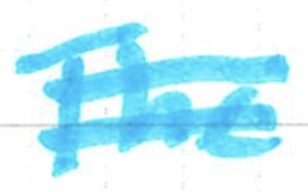
Text: The
Cross-out: mix
Writing tool: marker